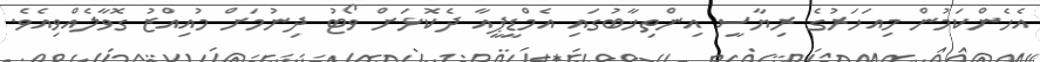
އެހެންކަމުން މިއަހަރުގެ ރިޔާސީ އިންތިޚާބުގައި އެމްޑީޕީއާ ދެކޮޅަށް ވޯޓު ދިނުމަށް މުއިއްޒު ގޮވާލެއްވިއެވެ.